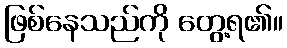
ဖြစ်နေသည်ကို တွေ့ရ၏။